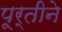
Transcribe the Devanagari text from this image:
पूर्तीने